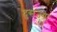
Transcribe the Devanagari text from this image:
दुसज्या